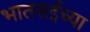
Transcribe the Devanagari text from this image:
भातसईच्या